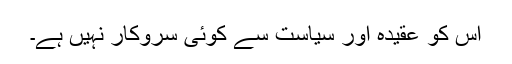
اس کو عقیدہ اور سیاست سے کوئی سروکار نہیں ہے۔